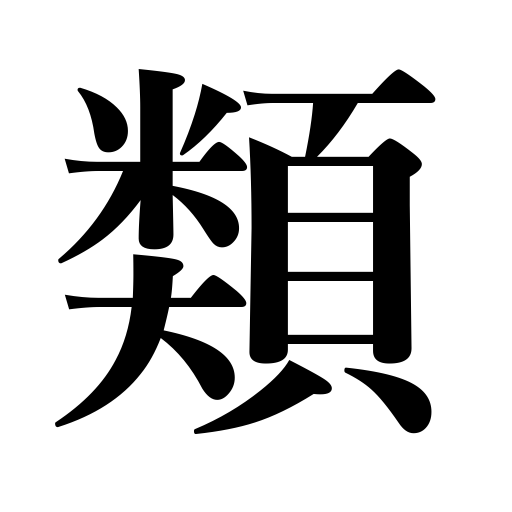
Meanings: equal,kind,class,resembling,match,variety,genus,description,an equal,sort,parallel case